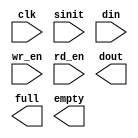
module fifo(
	clk,
	sinit,
	din,
	wr_en,
	rd_en,
	dout,
	full,
	empty);


input clk;
input sinit;
input [7 : 0] din;
input wr_en;
input rd_en;
output [7 : 0] dout;
output full;
output empty;

// synopsys translate_off

      SYNC_FIFO_V5_0 #(
		1,	// c_dcount_width
		0,	// c_enable_rlocs
		0,	// c_has_dcount
		0,	// c_has_rd_ack
		0,	// c_has_rd_err
		0,	// c_has_wr_ack
		0,	// c_has_wr_err
		1,	// c_memory_type
		0,	// c_ports_differ
		1,	// c_rd_ack_low
		1,	// c_rd_err_low
		8,	// c_read_data_width
		512,	// c_read_depth
		8,	// c_write_data_width
		512,	// c_write_depth
		1,	// c_wr_ack_low
		1)	// c_wr_err_low
	inst (
		.CLK(clk),
		.SINIT(sinit),
		.DIN(din),
		.WR_EN(wr_en),
		.RD_EN(rd_en),
		.DOUT(dout),
		.FULL(full),
		.EMPTY(empty),
		.RD_ACK(),
		.WR_ACK(),
		.RD_ERR(),
		.WR_ERR(),
		.DATA_COUNT());


// synopsys translate_on

// FPGA Express black box declaration
// synopsys attribute fpga_dont_touch "true"
// synthesis attribute fpga_dont_touch of fifo is "true"

// XST black box declaration
// box_type "black_box"
// synthesis attribute box_type of fifo is "black_box"

endmodule